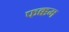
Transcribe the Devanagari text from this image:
फक्कम